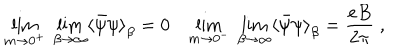
\lim _ { m \rightarrow 0 ^ { + } } \; \lim _ { \beta \rightarrow \infty } \langle { \bar { \psi } } \psi { \rangle } _ { \beta } = 0 \lim _ { m \rightarrow 0 ^ { - } } \; \lim _ { \beta \rightarrow \infty } \langle { \bar { \psi } } \psi { \rangle } _ { \beta } = \frac { e B } { 2 \pi } \; ,